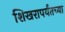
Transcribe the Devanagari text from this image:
शिखरापर्यंतच्या